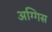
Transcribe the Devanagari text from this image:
अग्गिस